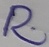
Text: R